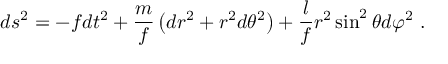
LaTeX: d s ^ { 2 } = - f d t ^ { 2 } + \frac { m } { f } \left( d r ^ { 2 } + r ^ { 2 } d \theta ^ { 2 } \right) + \frac { l } { f } r ^ { 2 } \sin ^ { 2 } \theta d \varphi ^ { 2 } \ .